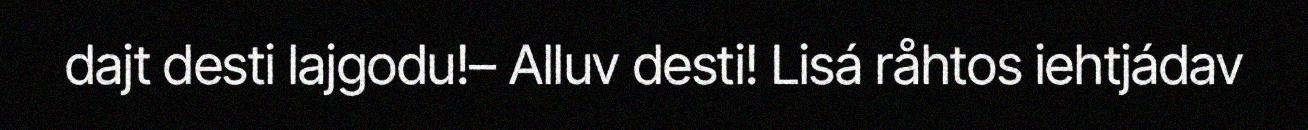
dajt desti lajgodu!– Alluv desti! Lisá råhtos iehtjádav